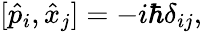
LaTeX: [{\hat{p}}_{i},{\hat{x}}_{j}]=-i\hbar\delta_{ij},